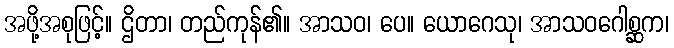
အဖို့အစုဖြင့်။ ဌိတာ၊ တည်ကုန်၏။ အာသဝ၊ ပေ။ ယောဂေသု၊ အာသဝဂေါစ္ဆက၊